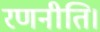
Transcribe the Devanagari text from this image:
रणनीति।